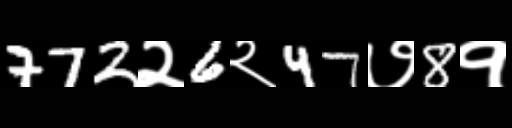
Text: 772२6२47७8१